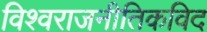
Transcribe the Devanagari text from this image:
विश्वराजनीतिकविद